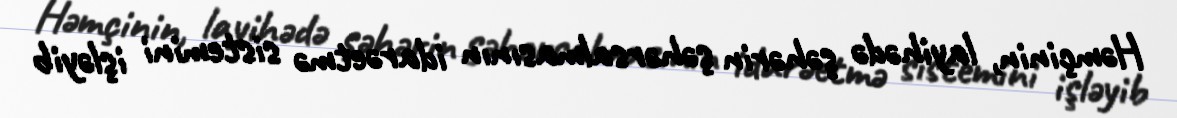
Həmçinin, layihədə şəhərin şəhərsalmasının idarəetmə sistemini işləyib